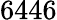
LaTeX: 6446